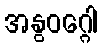
အနွဝဂ္ဂေါ